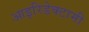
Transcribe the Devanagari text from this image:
आइरिडेक्टामी